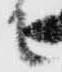
て